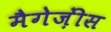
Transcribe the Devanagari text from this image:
मैगेज़ींस